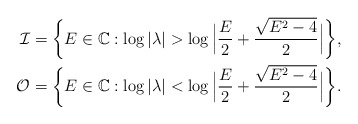
\begin{align*}\mathcal{I}&=\bigg\{E\in \mathbb{C}: \log|\lambda| > \log \Big|\frac{E}{2}+\frac{\sqrt{E^{2}-4}}{2}\Big| \bigg\},\\\mathcal{O}&=\bigg\{E\in \mathbb{C}: \log|\lambda| < \log \Big|\frac{E}{2}+\frac{\sqrt{E^{2}-4}}{2}\Big| \bigg\}.\end{align*}